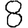
Digit: 8